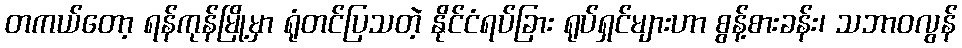
တကယ်တော့ ရန်ကုန်မြို့မှာ ရုံတင်ပြသတဲ့ နိုင်ငံရပ်ခြား ရုပ်ရှင်များဟာ စွန့်စားခန်း၊ သဘာဝလွန်